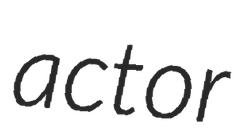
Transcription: actor